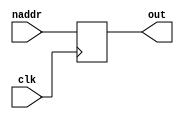
module nareg(clk,naddr,out);

	input clk;
	input [4:0] naddr;	// next address output from the logic circuit
	output [4:0] out;		// decision: next address
	
	reg [4:0] out;
	
	always @ (posedge clk)
		out <= naddr;

endmodule